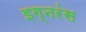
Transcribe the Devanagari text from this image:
इग्नरंस